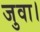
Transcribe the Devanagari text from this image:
जुवा।